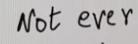
Not ever